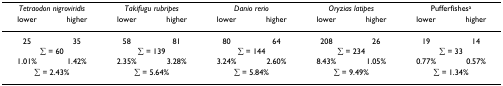
<table><thead><tr><td colspan="2"><b><i>Tetraodon nigroviridis</i></b></td><td colspan="2"><b><i>Takifugu rubripes</i></b></td><td colspan="2"><b><i>Danio rerio</i></b></td><td colspan="2"><b><i>Oryzias latipes</i></b></td><td colspan="2"><b>Pufferfishes<sup>a</sup></b></td></tr><tr><td><b>lower</b></td><td><b>higher</b></td><td><b>lower</b></td><td><b>higher</b></td><td><b>lower</b></td><td><b>higher</b></td><td><b>lower</b></td><td><b>higher</b></td><td><b>lower</b></td><td><b>higher</b></td></tr></thead><tbody><tr><td>25</td><td>35</td><td>58</td><td>81</td><td>80</td><td>64</td><td>208</td><td>26</td><td>19</td><td>14</td></tr><tr><td colspan="2">∑ = 60</td><td colspan="2">∑ = 139</td><td colspan="2">∑ = 144</td><td colspan="2">∑ = 234</td><td colspan="2">∑ = 33</td></tr><tr><td>1.01%</td><td>1.42%</td><td>2.35%</td><td>3.28%</td><td>3.24%</td><td>2.60%</td><td>8.43%</td><td>1.05%</td><td>0.77%</td><td>0.57%</td></tr><tr><td colspan="2">∑ = 2.43%</td><td colspan="2">∑ = 5.64%</td><td colspan="2">∑ = 5.84%</td><td colspan="2">∑ = 9.49%</td><td colspan="2">∑ = 1.34%</td></tr></tbody></table>